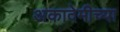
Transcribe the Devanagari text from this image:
अकादेमीच्या